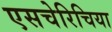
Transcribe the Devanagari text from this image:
एसचेरिचिया